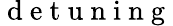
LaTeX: \mathrm{~d~e~t~u~n~i~n~g~}